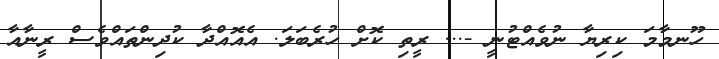
ހޫނމާމަ ކިރިޔާ ނުވެއްޓުނީ -... ރީތި ކޮށް ހުރެބަލަ. އެއޮއްދާ ކުދިންތައްވެސް ރީނާއާ